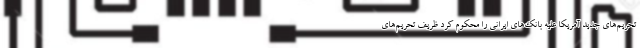
تحریم‌های جدید آمریکا علیه بانک‌های ایرانی را محکوم کرد ظریف تحریم‌های